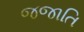
જજાતિ